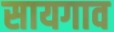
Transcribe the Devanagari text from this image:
सायगाव